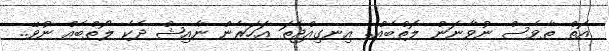
އޮތް ތާވެސް ނުވާނަން ލޮތްބެއް.. އިނގިއްޖެތަ އަހަރެން ނާއިޝް ދެކެ ލޯތްބެއް ނުވޭ..